Madras plague regulations in force outside the Presidency town - Volume 2
Disease focus: Plague
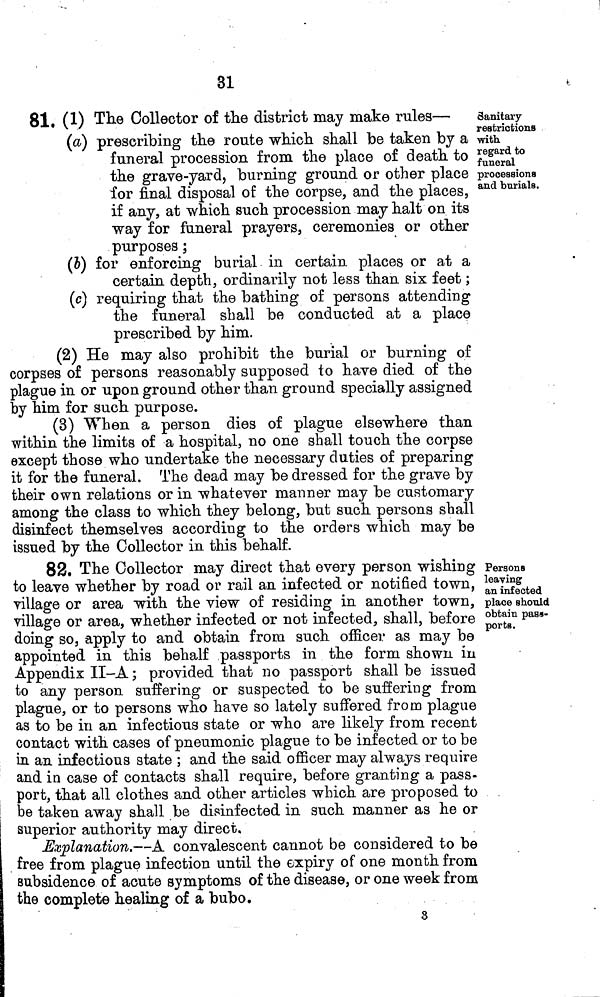
31
Sanitary
restrictions
with.
regard to
funeral
processions
and burials.
81. (1) The Collector of the district may make rules—
(a) prescribing the route which shall be taken by a
funeral procession from the place of death to
the grave-yard, burning ground or other place
for final disposal of the corpse, and the places,
if any, at which such procession may halt on its
way for funeral prayers, ceremonies or other
purposes ;
(b) for enforcing burial in certain places or at a
certain depth, ordinarily not less than six feet ;
(c) requiring that the bathing of persons attending
the funeral shall be conducted at a place
prescribed by him.
(2) He may also prohibit the burial or burning of
corpses of persons reasonably supposed to have died of the
plague in or upon ground other than ground specially assigned
by him for such purpose.
(3) When a person dies of plague elsewhere than
within the limits of a hospital, no one shall touch the corpse
except those who undertake the necessary duties of preparing
it for the funeral. The dead may be dressed for the grave by
their own relations or in whatever manner may be customary
among the class to which they belong, but such persons shall
disinfect themselves according to the orders which may be
issued by the Collector in this behalf.
Persons
leaving
an infected
place should
obtain pass-
ports.
82. The Collector may direct that every person wishing
to leave whether by road or rail an infected or notified town,
village or area with the view of residing in another town,
village or area, whether infected or not infected, shall, before
doing so, apply to and obtain from such officer as may be
appointed in this behalf passports in the form shown in
Appendix II-A ; provided that no passport shall be issued
to any person suffering or suspected to be suffering from
plague, or to persons who have so lately suffered from plague
as to be in an infectious state or who are likely from recent
contact with cases of pneumonic plague to be infected or to be
in an infectious state ; and the said officer may always require
and in case of contacts shall require, before granting a pass-
port, that all clothes and other articles which are proposed to
be taken away shall be disinfected in such manner as he or
superior authority may direct.
Explanation.—A convalescent cannot be considered to be
free from plague infection until the expiry of one month from
subsidence of acute symptoms of the disease, or one week from
the complete healing of a bubo.
3